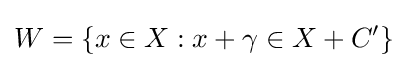
W=\{x\in X:x+\gamma \in X+C'\}